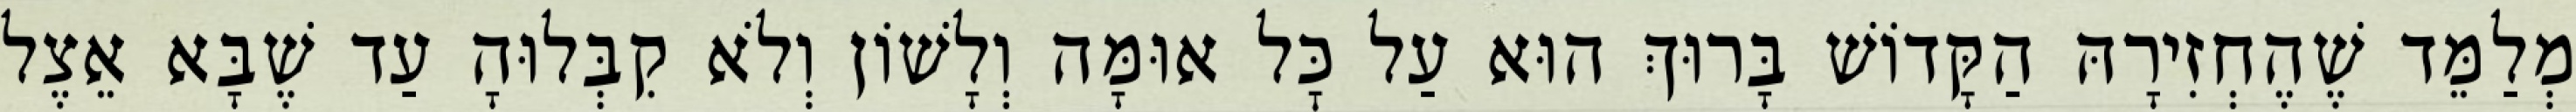
מְלַמֵּד שֶׁהֶחְזִירָהּ הַקָּדוֹשׁ בָּרוּךְ הוּא עַל כׇּל אוּמָּה וְלָשׁוֹן וְלֹא קִבְּלוּהָ עַד שֶׁבָּא אֵצֶל